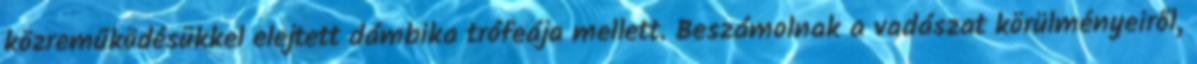
közreműködésükkel elejtett dámbika trófeája mellett. Beszámolnak a vadászat körülményeiről,